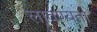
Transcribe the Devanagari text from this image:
लावण्‍यता